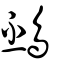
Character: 䲹